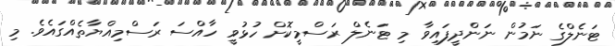
ޓަނެލްގެ ނަމުން ނަންދީފައިވާ މި ޓަނެލް ރަސްމީކޮށް ހުޅުވީ ހާއްސަ ރަސްމިއްޔާތެއްގައެވެ. މި